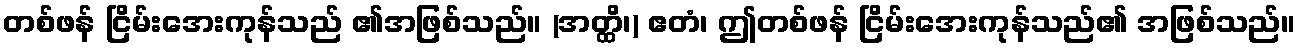
တစ်ဖန် ငြိမ်းအေးကုန်သည် ၏အဖြစ်သည်။ (အတ္ထိ၊) ဧတံ၊ ဤတစ်ဖန် ငြိမ်းအေးကုန်သည်၏ အဖြစ်သည်။